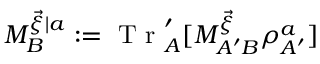
M _ { B } ^ { \vec { \xi } | a } : = \mathrm { ~ T ~ r ~ } _ { A } ^ { \prime } [ M _ { A ^ { \prime } B } ^ { \vec { \xi } } \rho _ { A ^ { \prime } } ^ { a } ]